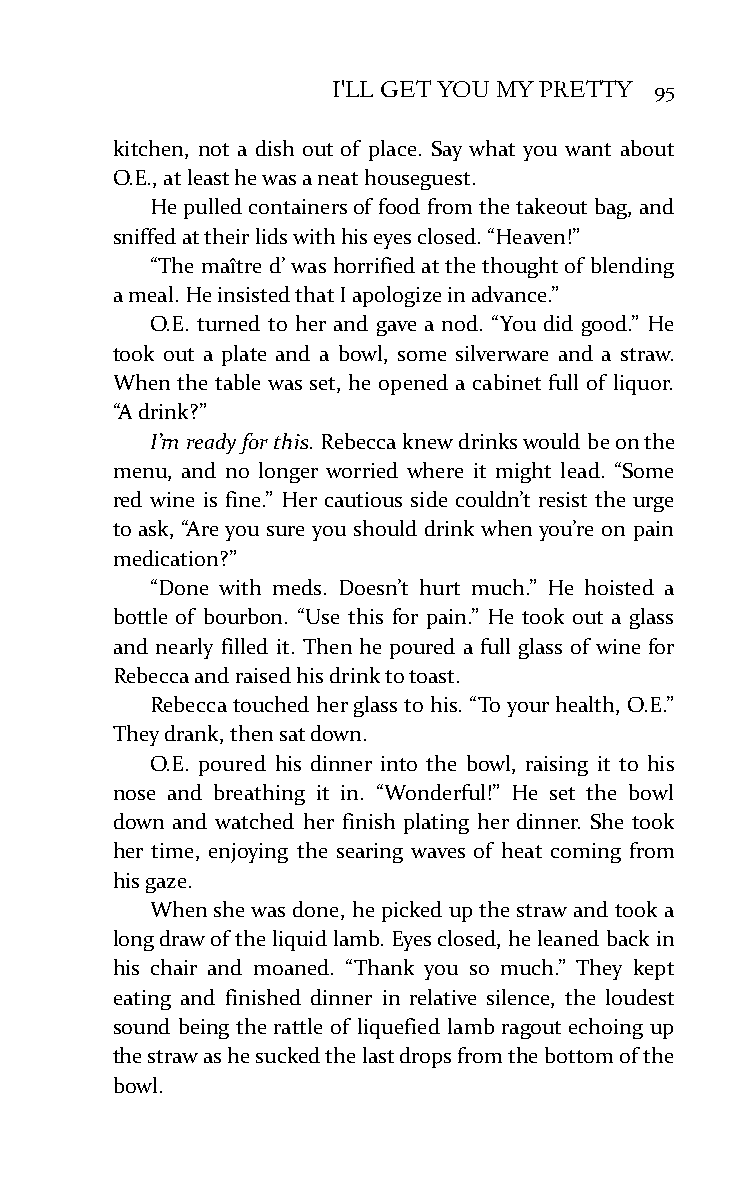
I'LL GET YOU MY PRETTY 95
 kitchen, not a dish out of place. Say what you want about
 O.E., at least he was a neat houseguest.
 He pulled containers of food from the takeout bag, and
 sniffed at their lids with his eyes closed. “Heaven!”
 “The maître d’ was horrified at the thought of blending
 a meal. He insisted that I apologize in advance.”
 O.E. turned to her and gave a nod. “You did good.” He
 took out a plate and a bowl, some silverware and a straw.
 When the table was set, he opened a cabinet full of liquor.
 “A drink?”
 I’m ready for this. Rebecca knew drinks would be on the
 menu, and no longer worried where it might lead. “Some
 red wine is fine.” Her cautious side couldn’t resist the urge
 to ask, “Are you sure you should drink when you’re on pain
 medication?”
 “Done with meds. Doesn’t hurt much.” He hoisted a
 bottle of bourbon. “Use this for pain.” He took out a glass
 and nearly filled it. Then he poured a full glass of wine for
 Rebecca and raised his drink to toast.
 Rebecca touched her glass to his. “To your health, O.E.”
 They drank, then sat down.
 O.E. poured his dinner into the bowl, raising it to his
 nose and breathing it in. “Wonderful!” He set the bowl
 down and watched her finish plating her dinner. She took
 her time, enjoying the searing waves of heat coming from
 his gaze.
 When she was done, he picked up the straw and took a
 long draw of the liquid lamb. Eyes closed, he leaned back in
 his chair and moaned. “Thank you so much.” They kept
 eating and finished dinner in relative silence, the loudest
 sound being the rattle of liquefied lamb ragout echoing up
 the straw as he sucked the last drops from the bottom of the
 bowl.